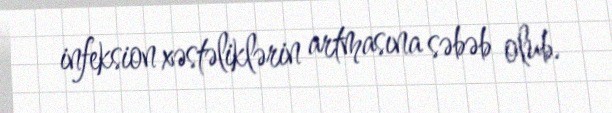
infeksion xəstəliklərin artmasına səbəb olub.